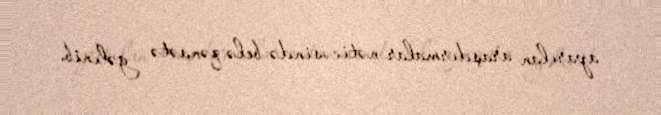
aparılan araşdırmalar nəticəsində belə qənaətə gəlinib.